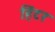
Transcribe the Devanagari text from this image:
हिंटर